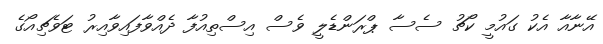
އޭނާއާ އެކު ގައުމީ ކޯޗު ސެސާ ޕްރަންޑެލީ ވެސް އިސްތިއުފާ ދެއްވާފައިވާއިރު ޓަވެޗިއޯގެ